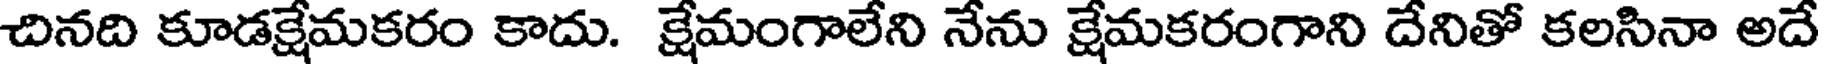
చినది కూడక్షేమకరం కాదు. క్షేమంగాలేని నేను క్షేమకరంగాని దేనితో కలసినా అదే